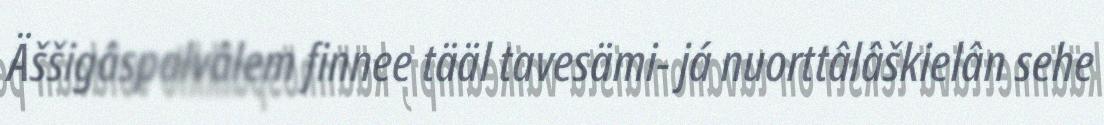
Äššigâspalvâlem finnee tääl tavesämi- já nuorttâlâškielân sehe